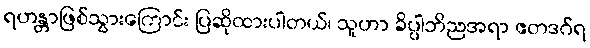
ရဟန္တာဖြစ်သွားကြောင်း ပြဆိုထားပါတယ်၊ သူဟာ ခိပ္ပါဘိညအရာ ဧတဒဂ်ရ